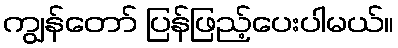
ကျွန်တော် ပြန်ဖြည့်ပေးပါမယ်။